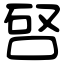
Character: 唘